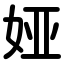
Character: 娅